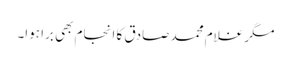
مگر غلام محمد صادق کا انجام بھی برا ہوا۔